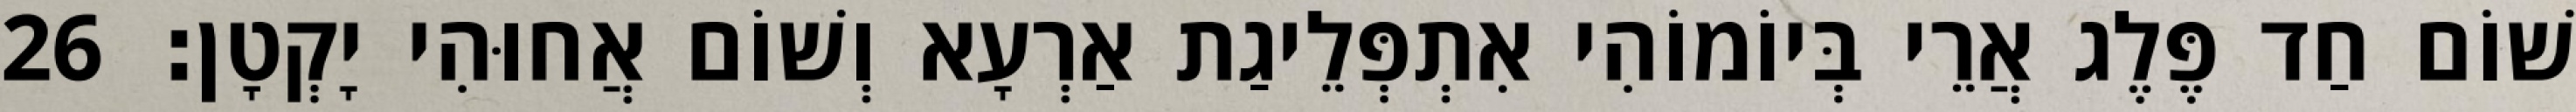
שׁוֹם חַד פֶּלֶג אֲרֵי בְּיוֹמוֹהִי אִתְפְּלֵיגַת אַרְעָא וְשׁוֹם אֲחוּהִי יָקְטָן׃ 26